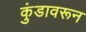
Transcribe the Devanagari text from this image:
कुंडावरून